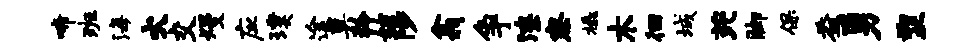
啼班海火交熳应璞途奠矜姑陟翕争潦察橇木徊城芘脚保益勇塑